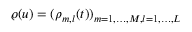
\varrho ( u ) = ( \rho _ { m , l } ( t ) ) _ { m = 1 , \ldots , M , l = 1 , \ldots , L }